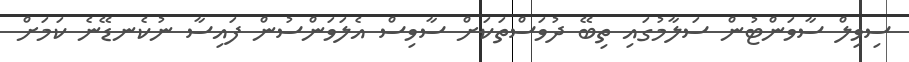
ސިވިލް ސާވަންޓުން ސަލާމުގައި ތިބޭ ދުވަސްތަކަށް ސާވިސް އެލަވަންސުން ފައިސާ ނުކެނޑޭނެ ކަމަށް